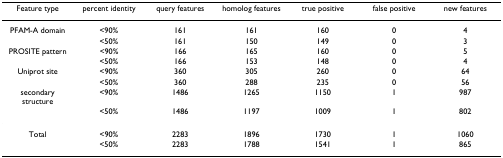
<table><thead><tr><td><b>Feature type</b></td><td><b>percent identity</b></td><td><b>query features</b></td><td><b>homolog features</b></td><td><b>true positive</b></td><td><b>false positive</b></td><td><b>new features</b></td></tr></thead><tbody><tr><td>PFAM-A domain</td><td>&lt;90%</td><td>161</td><td>161</td><td>160</td><td>0</td><td>4</td></tr><tr><td></td><td>&lt;50%</td><td>161</td><td>150</td><td>149</td><td>0</td><td>3</td></tr><tr><td>PROSITE pattern</td><td>&lt;90%</td><td>166</td><td>165</td><td>160</td><td>0</td><td>5</td></tr><tr><td></td><td>&lt;50%</td><td>166</td><td>153</td><td>148</td><td>0</td><td>4</td></tr><tr><td>Uniprot site</td><td>&lt;90%</td><td>360</td><td>305</td><td>260</td><td>0</td><td>64</td></tr><tr><td></td><td>&lt;50%</td><td>360</td><td>288</td><td>235</td><td>0</td><td>56</td></tr><tr><td>secondary structure</td><td>&lt;90%</td><td>1486</td><td>1265</td><td>1150</td><td>1</td><td>987</td></tr><tr><td></td><td>&lt;50%</td><td>1486</td><td>1197</td><td>1009</td><td>1</td><td>802</td></tr><tr><td>Total</td><td>&lt;90%</td><td>2283</td><td>1896</td><td>1730</td><td>1</td><td>1060</td></tr><tr><td></td><td>&lt;50%</td><td>2283</td><td>1788</td><td>1541</td><td>1</td><td>865</td></tr></tbody></table>